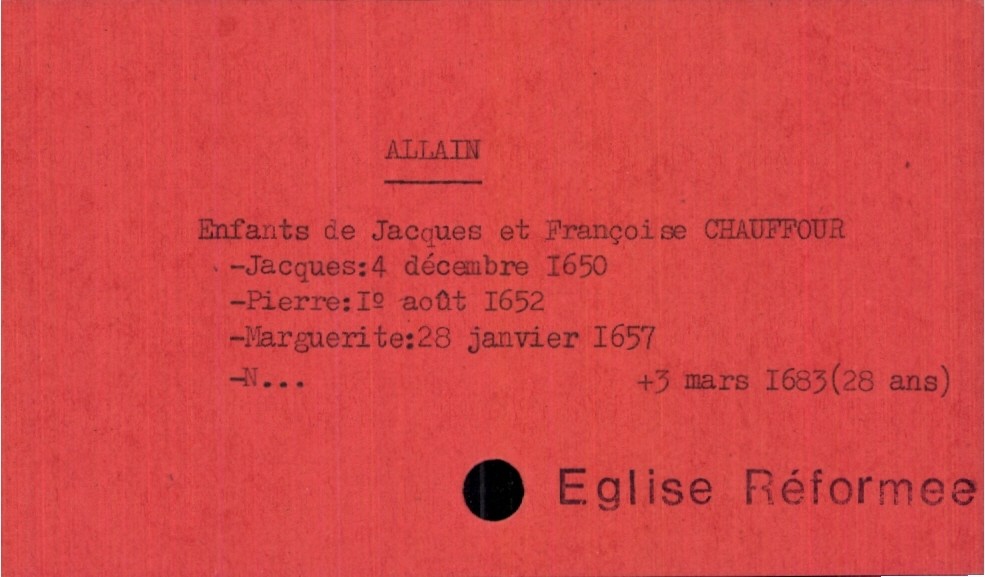
type_acte: Baptême
observations: Eglise réformee
filiation: fille
enfant_prénom: Marguerite
enfant_date_de_naissance: 28 janvier 1657
enfant_date_de_décès: 3 mars 1683
père_enfant_nom: Allain
père_enfant_prénom: Jacques
mère_enfant_nom: Chauffour
mère_enfant_prénom: Françoise